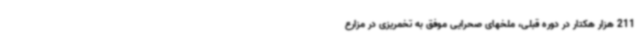
211 هزار هکتار در دوره قبلی، ملخهای صحرایی موفق به تخمریزی در مزارع